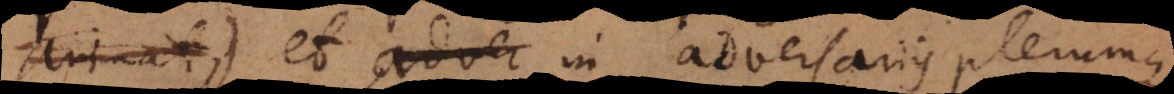
animat) et in adversariis plerumque